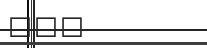
١٨٧